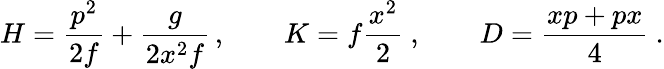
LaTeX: H={\frac{p^{2}}{2f}}+{\frac{g}{2x^{2}f}}\, ,\qquad K=f{\frac{x^{2}}{2}}\ ,\qquad D={\frac{xp+px}{4}}\ .